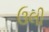
ઉલી